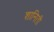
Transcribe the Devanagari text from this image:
शानिती